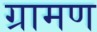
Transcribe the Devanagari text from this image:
ग्रामण